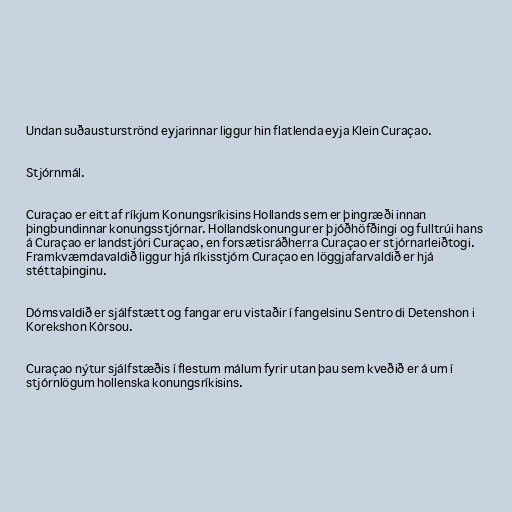
Undan suðausturströnd eyjarinnar liggur hin flatlenda eyja Klein Curaçao.

Stjórnmál.

Curaçao er eitt af ríkjum Konungsríkisins Hollands sem er þingræði innan
þingbundinnar konungsstjórnar. Hollandskonungur er þjóðhöfðingi og fulltrúi hans
á Curaçao er landstjóri Curaçao, en forsætisráðherra Curaçao er stjórnarleiðtogi.
Framkvæmdavaldið liggur hjá ríkisstjórn Curaçao en löggjafarvaldið er hjá
stéttaþinginu.

Dómsvaldið er sjálfstætt og fangar eru vistaðir í fangelsinu Sentro di Detenshon i
Korekshon Kòrsou.

Curaçao nýtur sjálfstæðis í flestum málum fyrir utan þau sem kveðið er á um í
stjórnlögum hollenska konungsríkisins.